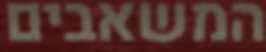
המשאבים